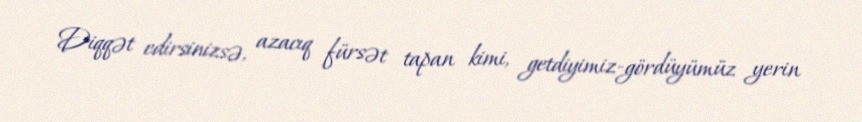
Diqqət edirsinizsə, azacıq fürsət tapan kimi, getdiyimiz-gördüyümüz yerin